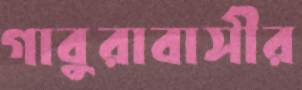
গাবুরাবাসীর